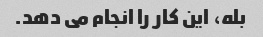
بله، این کار را انجام می دهد.